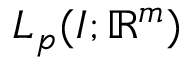
L _ { p } ( I ; \mathbb R ^ { m } )